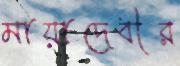
মায়াদেবীর